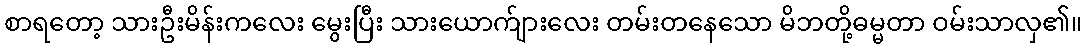
စာရတော့ သားဦးမိန်းကလေး မွေးပြီး သားယောက်ျားလေး တမ်းတနေသော မိဘတို့ဓမ္မတာ ဝမ်းသာလှ၏။